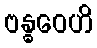
ဗန္ဓဝေဟိ